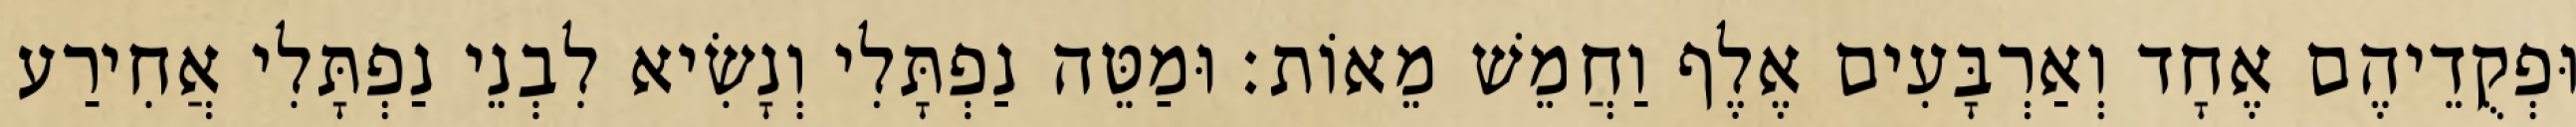
וּפְקֻדֵיהֶם אֶחָד וְאַרְבָּעִים אֶלֶף וַחֲמֵשׁ מֵאוֹת׃ וּמַטֵּה נַפְתָּלִי וְנָשִׂיא לִבְנֵי נַפְתָּלִי אֲחִירַע